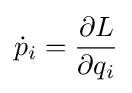
{\dot {p}}_{i}={\frac {\partial L}{\partial q_{i}}}